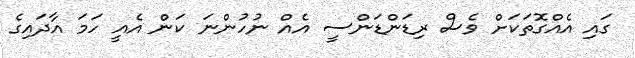
ގައި އެއްގޮތަކަށް ވެސް ރިޑަންޑަންސީ އެއް ނުހުންނަ ކަން އެއީ ހަމަ އާދައިގެ